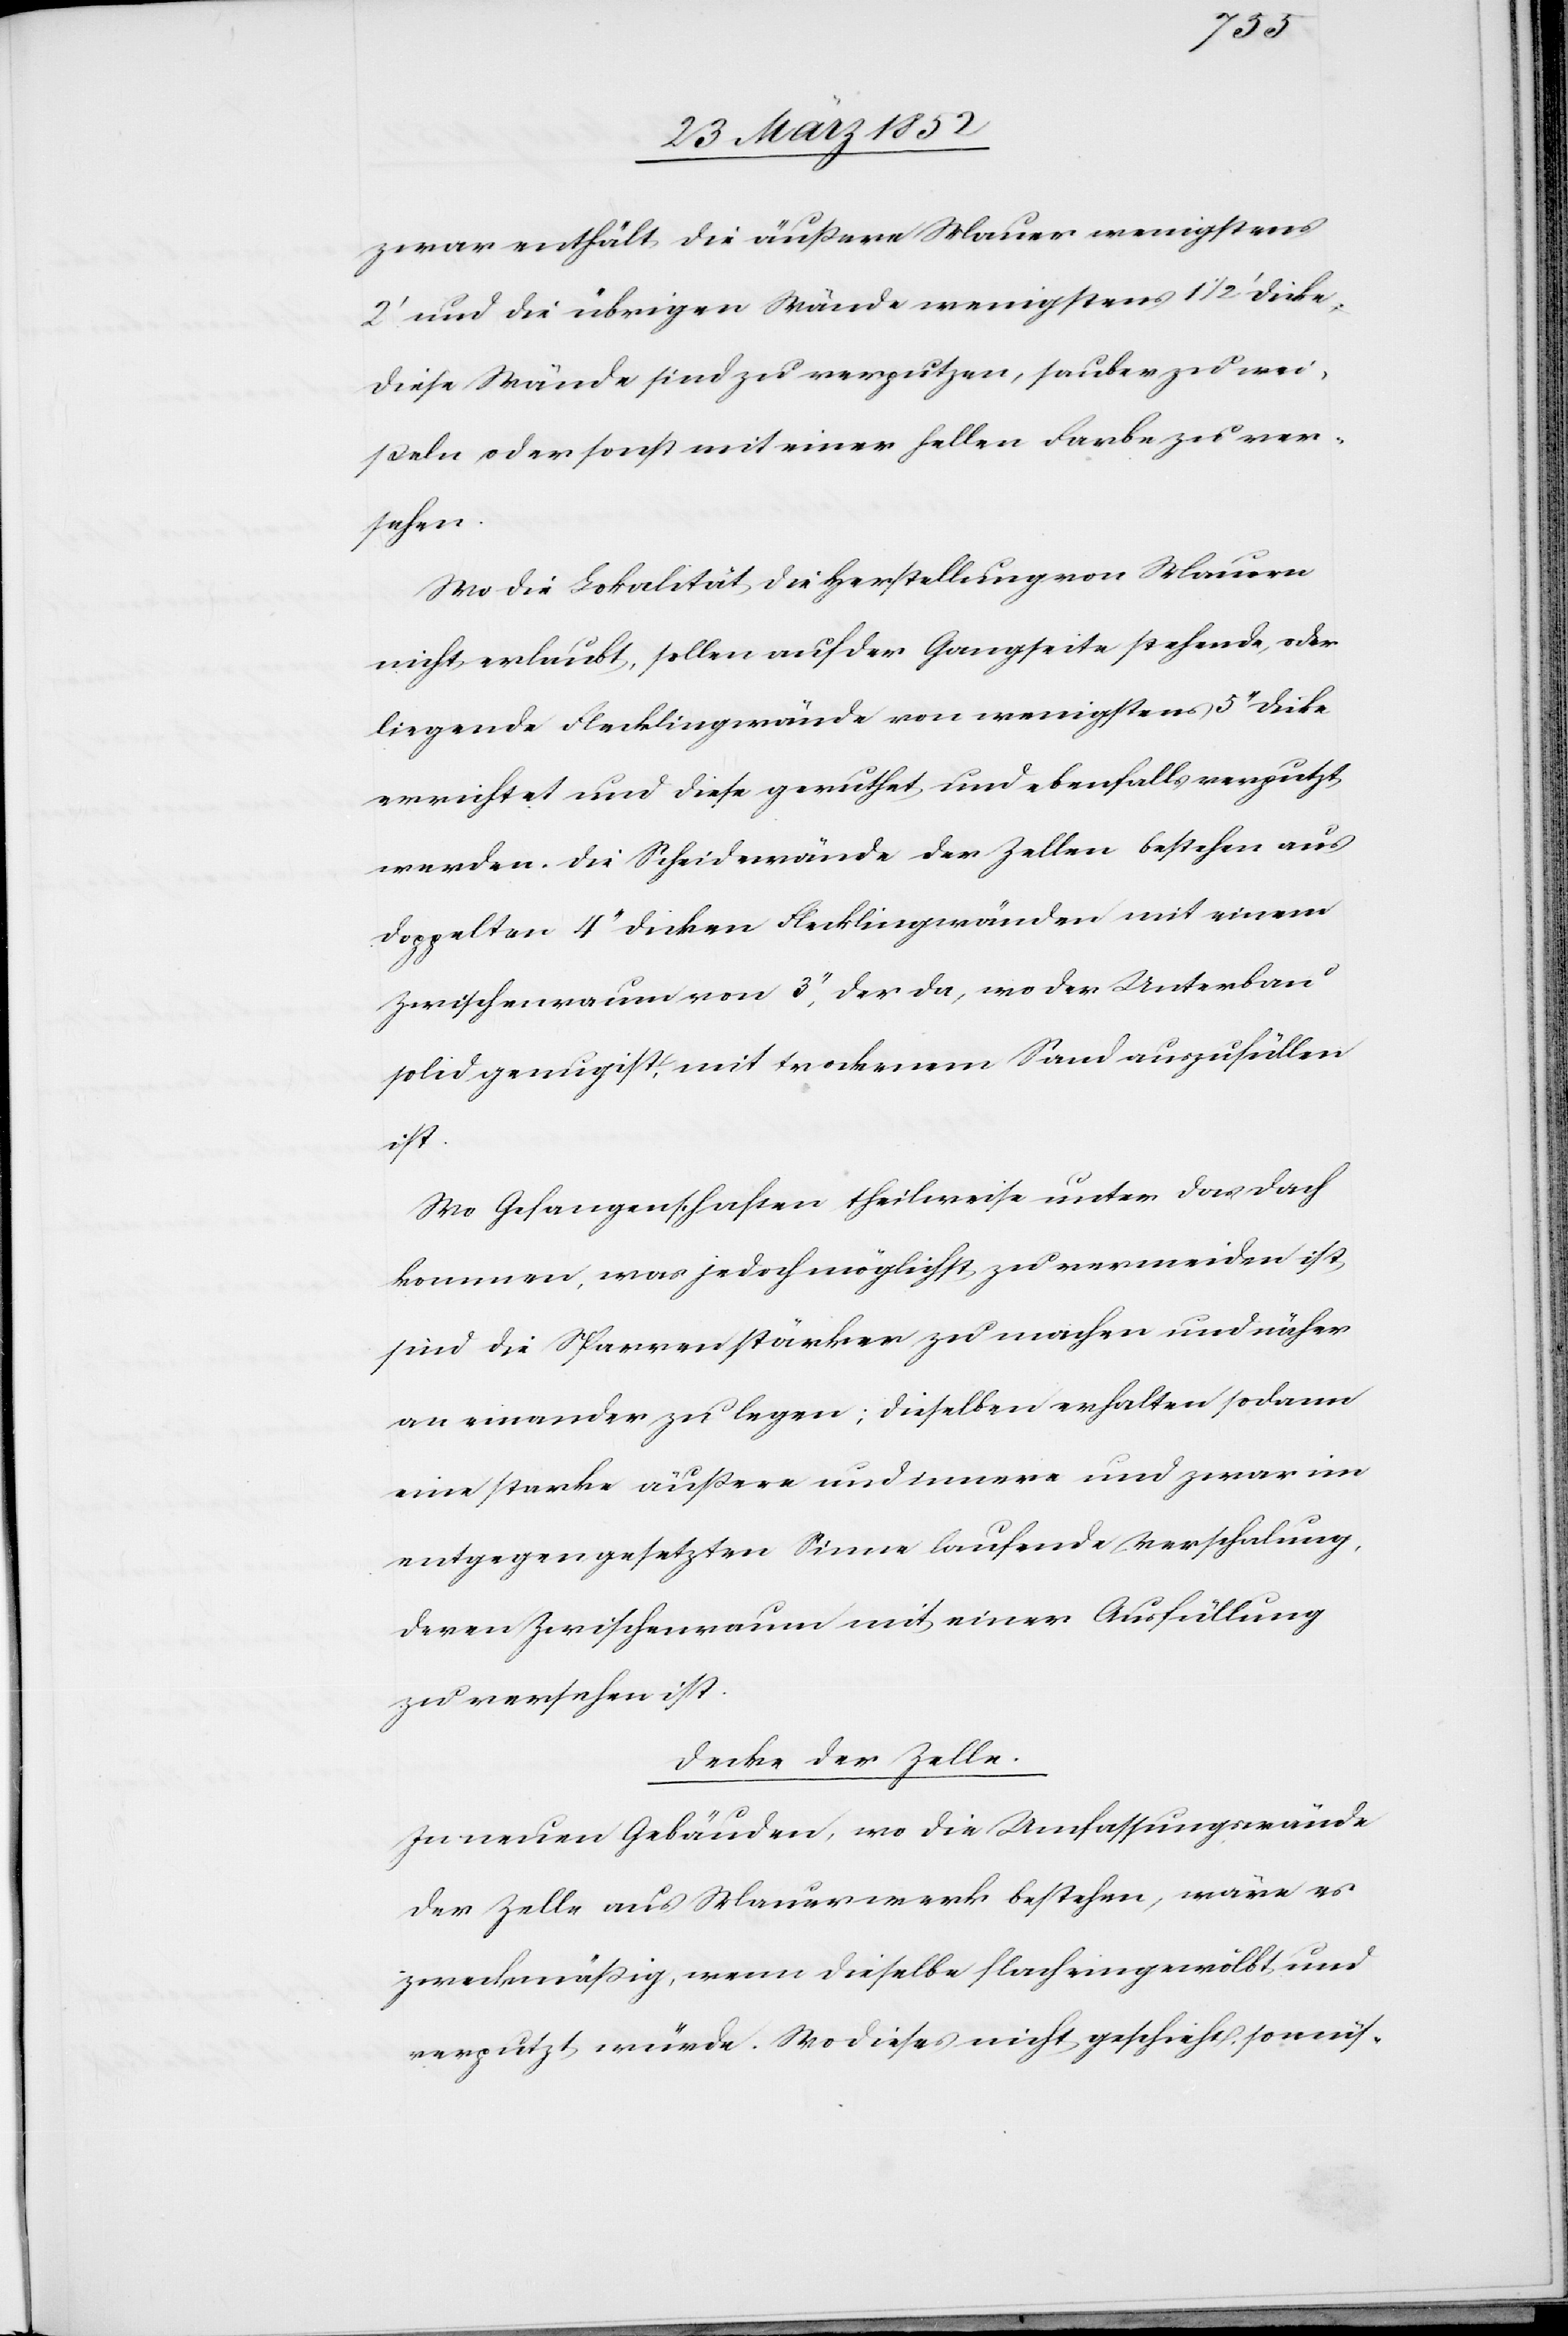
zwar enthält die äußere Mauer wenigstens
2‘ und die übrigen Wände wenigstens 1 1/2‘ Dike.
Diese Wände sind zu verputzen, sauber zu wei¬
ßeln oder sonst mit einer hellen Farbe zu ver¬
sehen.
Wo die Lokalität die Herstellung von Mauern
nicht erlaubt, sollen auf der Gangseite stehende, oder
liegende Flecklingwände von wenigstens 5‘‘ Dicke
errichtet und diese geruthet und ebenfalls verputzt
werden. Die Scheidewände der Zelle bestehen aus
doppelten 4‘‘ dicken Flecklingwänden mit einem
Zwischenraum von 3‘‘, der da, wo der Unterbau
solid genug ist, mit trockenem Sand auszufällen
ist.
Wo Gefangenschaften theilweise unter das Dach
kommen, was jedoch möglichst zu vermeiden ist,
sind die Sparren stärker zu machen und näher
an einander zu legen; dieselben erhalten sodann
eine starke äußere und innere und zwar im
entgegen gesetzten Sinne laufende Verschalung,
deren Zwischenraum mit einer Ausfüllung
zu versehen ist.
Decke der Zelle.
In neuen Gebäuden, wo die Umfassungswände
der Zelle aus Mauerwerk bestehen, wäre es
zweckmäßig, wenn dieselbe flach eingewölbt und
verputzt würde. Wo dieses nicht geschieht, so müs-